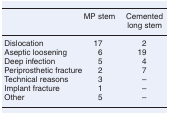
|  | MP stem | Cemented long stem |
 | --- | --- | --- |
 | Dislocation | 17 | 2 |
 | Aseptic loosening | 6 | 19 |
 | Deep infection | 5 | 4 |
 | Periprosthetic fracture | 2 | 7 |
 | Technical reasons | 3 | – |
 | Implant fracture | 1 | – |
 | Other | 5 | – |